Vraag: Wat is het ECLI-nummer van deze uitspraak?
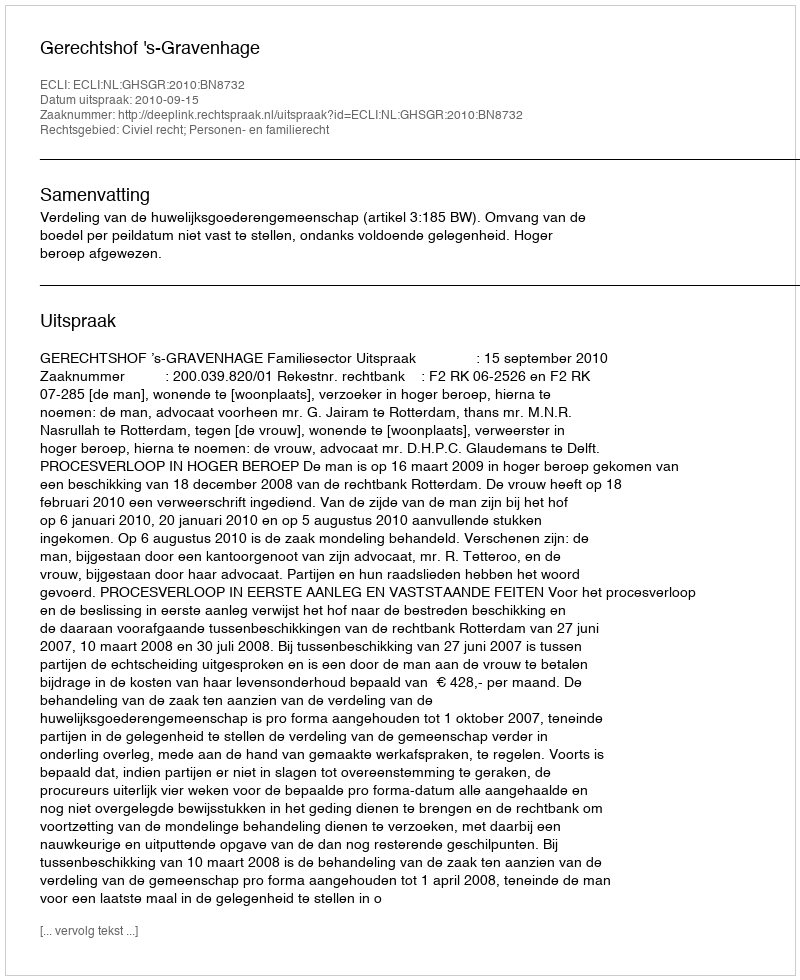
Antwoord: ECLI:NL:GHSGR:2010:BN8732